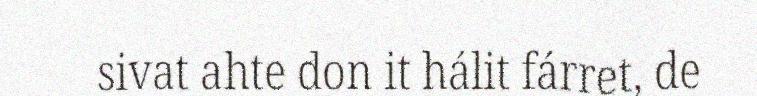
sivat ahte don it hálit fárret, de